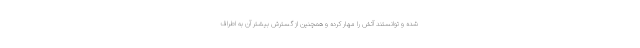
شده و توانستند آتش را مهار کرده و همچنین از گسترش بیشتر آن به اطراف